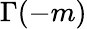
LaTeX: \Gamma(-m)